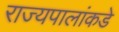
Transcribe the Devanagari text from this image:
राज्यपालांकडे